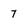
Character: 7